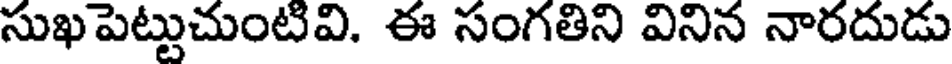
సుఖపెట్టుచుంటవి. ఈ సంగతిని వినిన నారదుడు